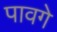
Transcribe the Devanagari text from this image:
पावगे